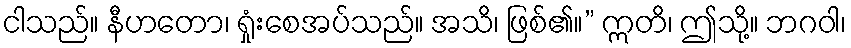
ငါသည်။ နီဟတော၊ ရှုံးစေအပ်သည်။ အသိ၊ ဖြစ်၏။” ဣတိ၊ ဤသို့။ ဘဂဝါ၊